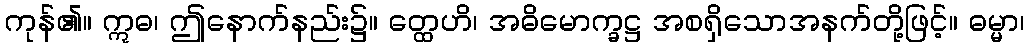
ကုန်၏။ ဣဓ၊ ဤနောက်နည်း၌။ တ္ထေဟိ၊ အဓိမောက္ခဋ္ဌ အစရှိသောအနက်တို့ဖြင့်။ ဓမ္မာ၊